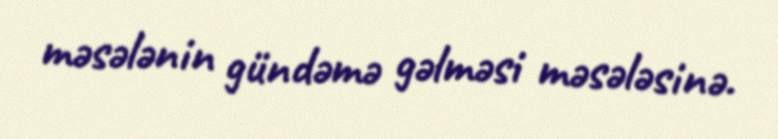
məsələnin gündəmə gəlməsi məsələsinə.